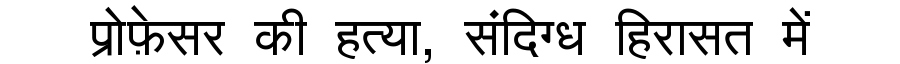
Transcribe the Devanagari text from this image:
प्रोफ़ेसर की हत्या, संदिग्ध हिरासत में